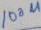
Text: 100u